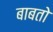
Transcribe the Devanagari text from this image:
बाबतो